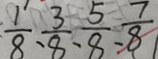
\frac { 1 } { 8 } 、 \frac { 3 } { 8 } 、 \frac { 5 } { 8 } 、 \frac { 7 } { 8 }